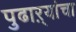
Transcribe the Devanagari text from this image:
पुढाऱ्यांचा